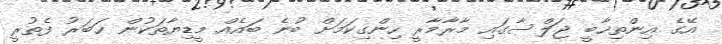
އޭގެ އިންތިޚާބީ ޖަލްސާގައި މާރާމާރީ ހިންގިކަމަށް ބުނެ ބައެއް މީޑިޔާތަކުން ޚަބަރު ފެތުރީ